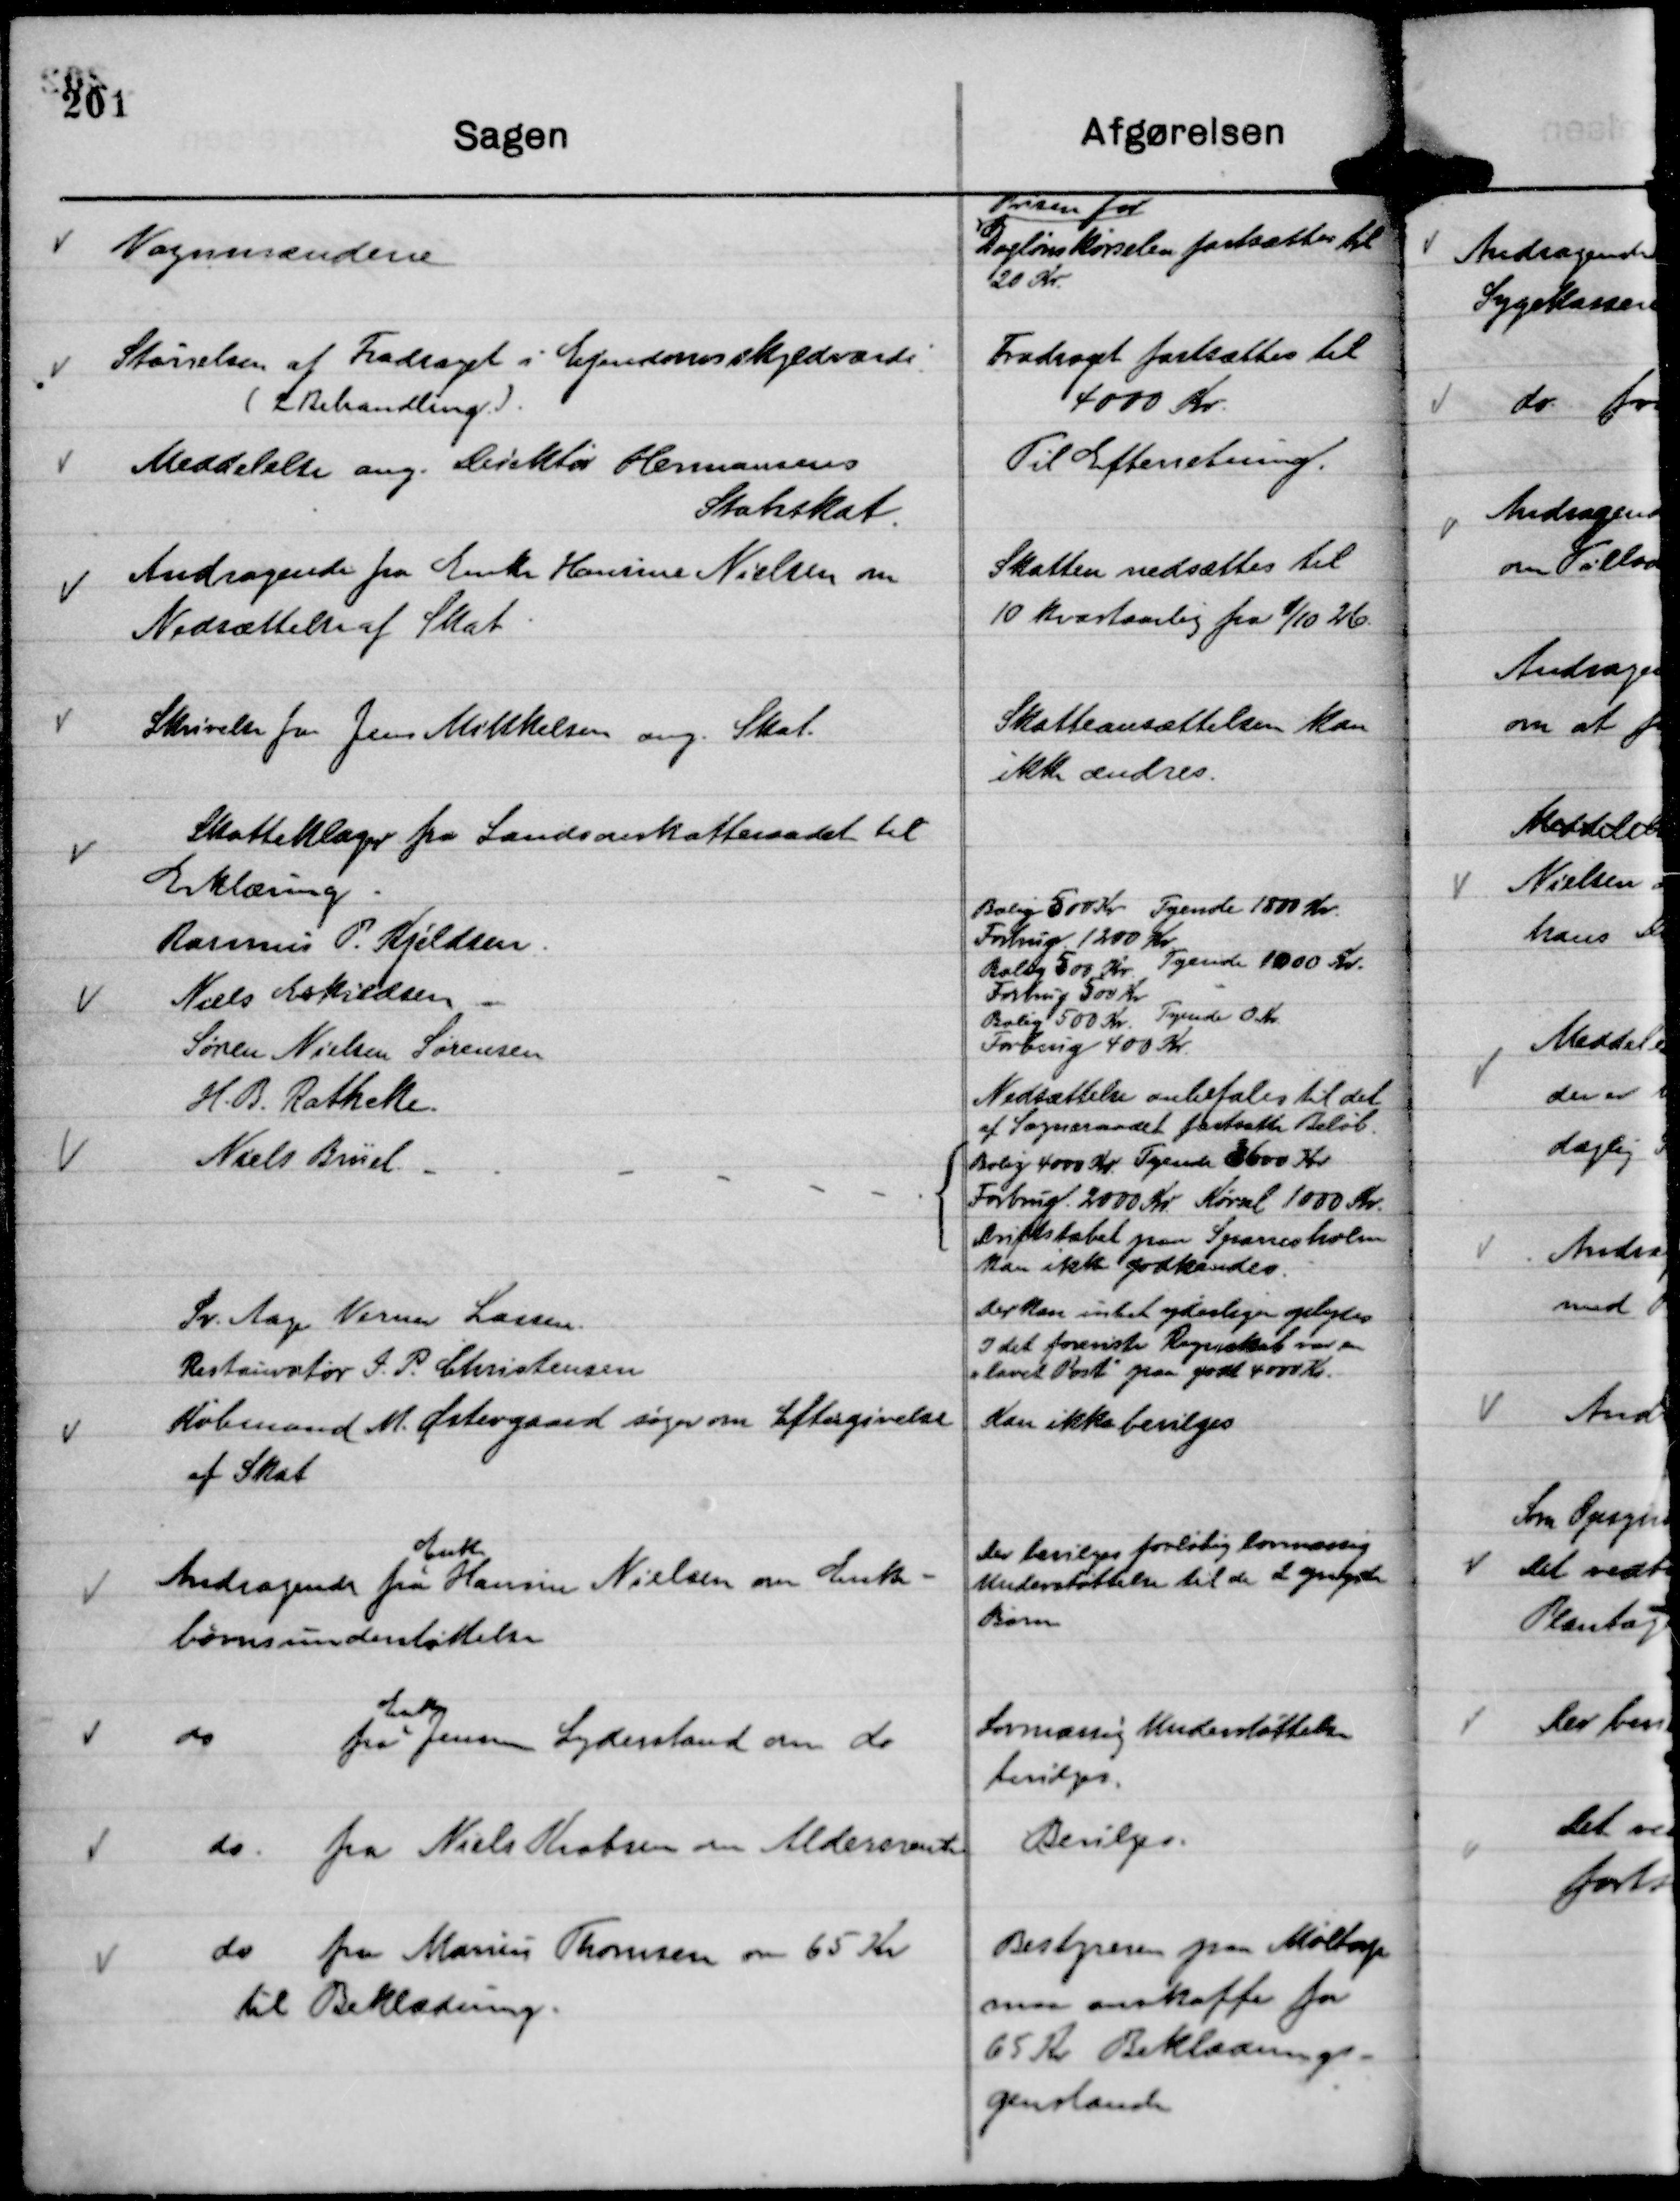
Transskription:
Vognmændene

Prisen for
Daglønskørselen fastsættes til
20 Kr.

Størrelsen af Fradraget i Ejendomsskyldværdi
( 2 Behandling )

Fradraget fastsættes til
4000 Kr.

Meddelelse ang. Direktør Hermansens
Statsskat.

Til Efterretning.

Andragende fra Enke Hansine Nielsen om
Nedsættelse af Skat.

Skatten nedsættes til
10 kvartaarlig fra 1/10 26.

Skrivelse fra Jens Mikkelsen ang Skat.

Skatteansættelsen kan
ikke ændres.

Købmand M. Østergaard søger om Eftergivelse
af Skat

Kan ikke bevilges

Andragende fra
Enke
Hansine Nielsen om Enke-
børnsunderstøttelse

Der bevilges foreløbig lovmæssig
Understøttelse til de 2 yngste
Børn

do
fra
Enke
Jensine Lyderstand om do

Lovmæssig Understøttelse
bevilges.

do. fra Niels Krabsen om Aldersrente

Bevilges.

do fra Marius Thomsen om 65 Kr
til Beklædning.

Bestyreren paa Møltorp
maa anskaffe for
65 Kr Beklædnings-
genstande